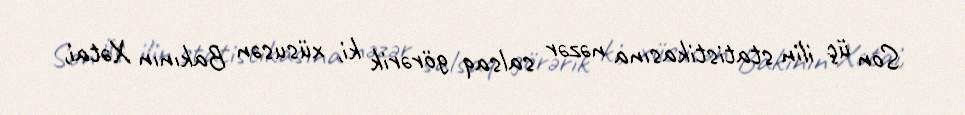
Son üç ilin statistikasına nəzər salsaq görərik ki, xüsusən Bakının Xətai,